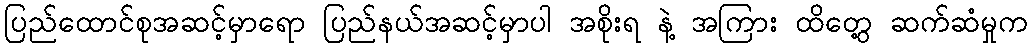
ပြည်ထောင်စုအဆင့်မှာရော ပြည်နယ်အဆင့်မှာပါ အစိုးရ နဲ့ အကြား ထိတွေ့ ဆက်ဆံမှုက